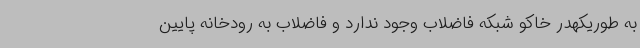
به طوریکهدر خاکو شبکه فاضلاب وجود ندارد و فاضلاب به رودخانه پایین